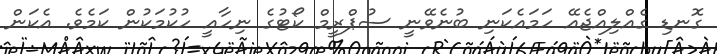
ގޮނޑި ގެއްލިއްޖެއޭ ހަމައެކަނި ބުނެވޭނީ ސުޕްރީމް ކޯޓުގެ ނިހާއީ ހުކުމަކުން ކަމެވެ. އެކަން